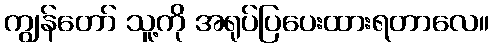
ကျွန်တော် သူ့ကို အရုပ်ပြပေးထားရတာလေ။